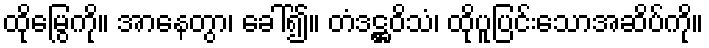
ထိုမြွေကို။ အာနေတွာ၊ ခေါ်၍။ တံဒဋ္ဌဝိသံ၊ ထိုပူပြင်းသောအဆိပ်ကို။